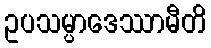
ဥပသမ္ပာဒေဿာမီတိ